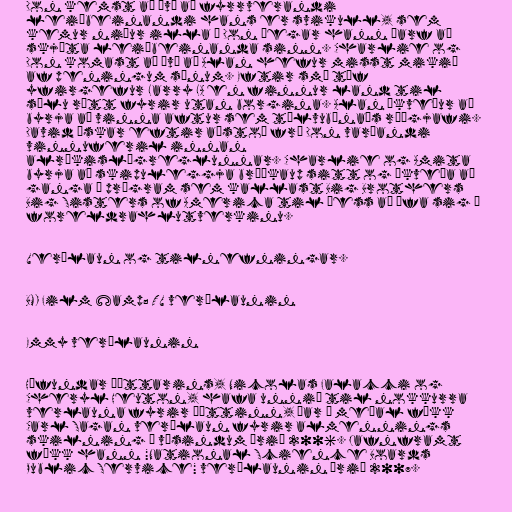
Don kemst að því að fyrrverandi
leiðbeinandi hans er svikull, sem
kemur niður illa á Don þegar hann þarf að
skjóta leiðbeinanda sinn. Charlie og
Don komast að því að Alan hefur misst mikið
af peningum sínum. Eftir smá töf
yfirgefur Larry LA en finnur land til
sölu rétt fyrir utan borgina. Alan ákveður að
byrja að vinna aftur sem tölvubúnaðs ráðgjafi.
David óskar eftir aðstoð frá Don varðandi
vinnuferil innan
alríkislögreglunnar. Charlie og Amita
byrja að skipuleggja brúðkaup sitt og ákveða að
ganga í prógram sem kallast Big Brothers
Big Sisters of America til þess að æfa sig í
foreldrahlutverkinu.

Verðlaun og tilnefningar.

BMI Film &amp; TV verðlaunin

Emmy verðlaunin

Höfundar þáttarins, Nicolas Falacci og
Cheryl Heuton, hafa unnið til nokkurra
verlauna fyrir þáttinn, þar á meðal fékk
Carl Sagan verðlaun fyrir almennings
skilning á vísindum árið 2006. Jafnframt
fékk hann "National Science Boards
Public Service" verðlaunin árið 2007.